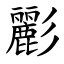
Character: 彲